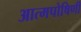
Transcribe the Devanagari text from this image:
आत्मपोषिणी